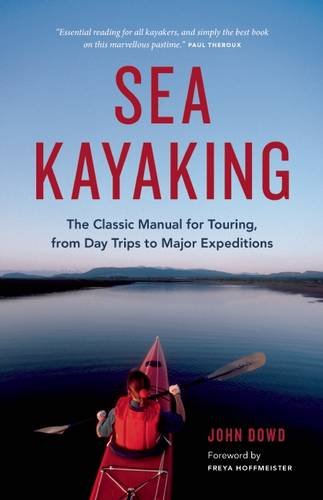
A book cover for Sea Kayaking: The Classic Manual for Touring, from Day Trips to Major Expeditions; John Dowd; Sports & Outdoors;